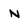
Character: N